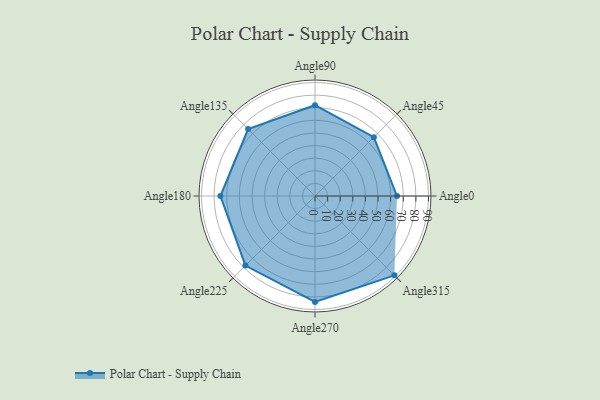
{"axis": {"x": "Angle", "y": "Radius"}, "legend": [""], "data": [{"x": "Angle0", "y": 65.0, "type": ""}, {"x": "Angle45", "y": 66.0, "type": ""}, {"x": "Angle90", "y": 72.0, "type": ""}, {"x": "Angle135", "y": 75.0, "type": ""}, {"x": "Angle180", "y": 75.0, "type": ""}, {"x": "Angle225", "y": 78.0, "type": ""}, {"x": "Angle270", "y": 84.0, "type": ""}, {"x": "Angle315", "y": 89.0, "type": ""}]}